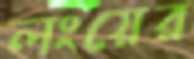
লংয়ের